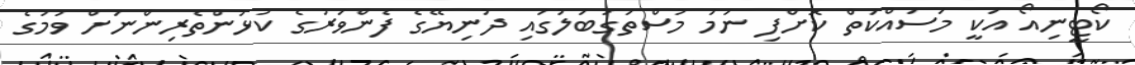
ކޯޓީނިއޯ އަކީ މަސައްކަތް ކޮށްފި ނަމަ މުސްތަގުބަލުގައި ދުނިޔޭގެ ފެންވަރުގެ ކުޅުންތެރިންނަށް ވުމުގެ